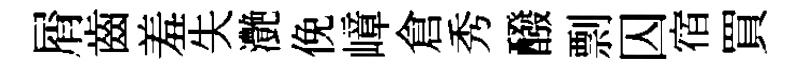
屑齒羞失灔俛嶂倉秀醱剽囚宿買